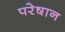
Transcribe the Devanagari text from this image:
परेषान